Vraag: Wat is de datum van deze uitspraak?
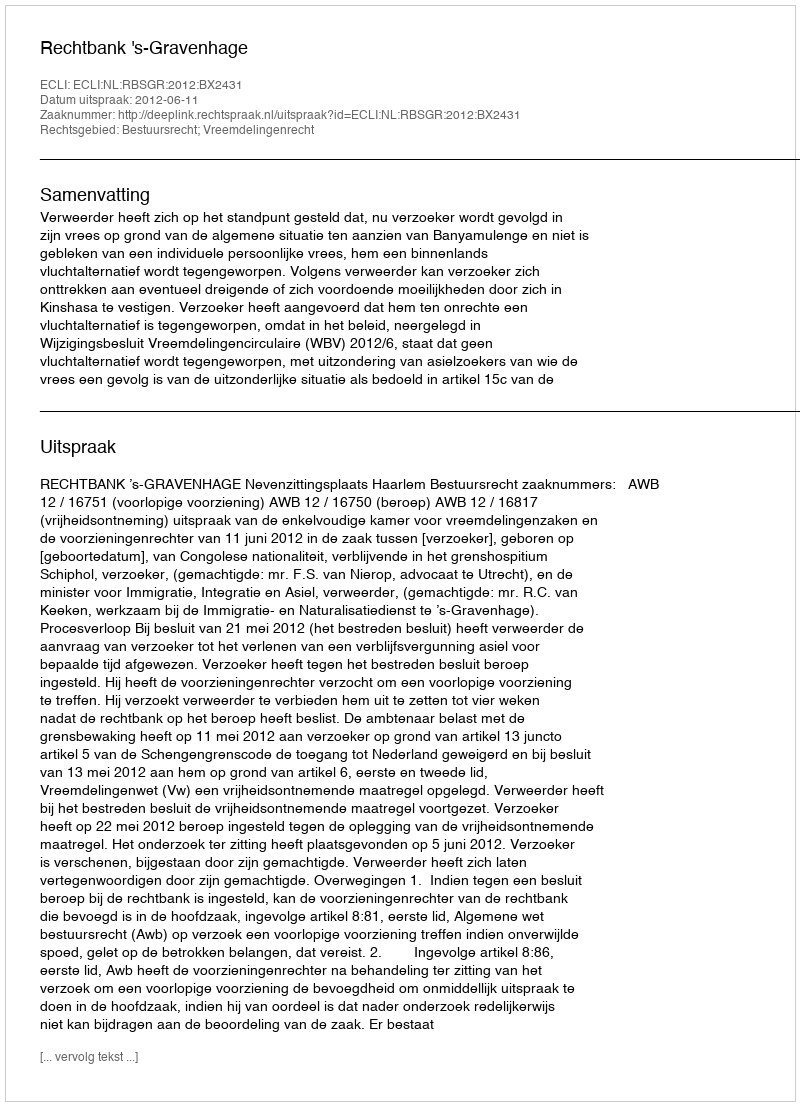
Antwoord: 2012-06-11